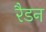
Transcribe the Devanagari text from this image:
रैडन